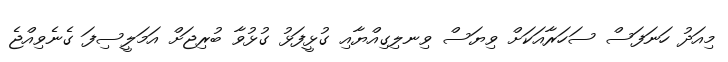
މިއަދު ހަނަފަސް ސަހަރާއަކަށް ވިޔަސް ވިނލިގިއްޔާއި ގުޅީފަޅު ގުޅުވާ ބުރިޖަށް އަމަލީސިފަ ގެނެވިއްޖެ